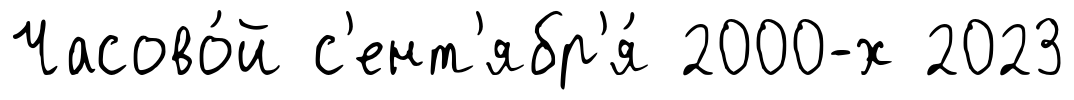
Часово́й с'ент'ябр'я́ 2000-х 2023